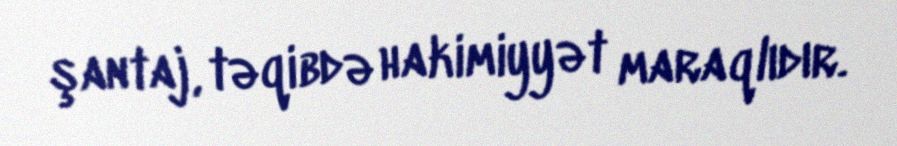
şantaj, təqibdə hakimiyyət maraqlıdır.